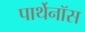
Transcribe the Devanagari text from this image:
पार्थेनॉस